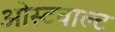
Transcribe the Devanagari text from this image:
ओस्टवाल्ट